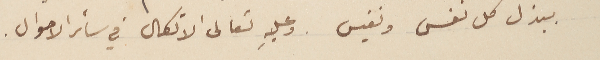
ببذل كل نفس ونفيس. وعليهِ تعالى الاتكال في سائر الاحوال.